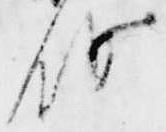
存